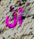
أن